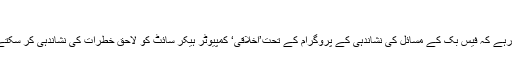
‘
خیال رہے کہ فیس بک کے مسائل کی نشاندہی کے پروگرام کے تحت’اخلاقی‘ کمپیوٹر ہیکر سائٹ کو لاحق خطرات کی نشاندہی کر سکتے ہیں۔